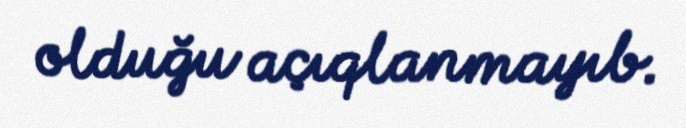
olduğu açıqlanmayıb.